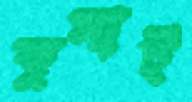
কুসাই